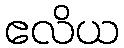
ဧလိယ